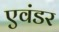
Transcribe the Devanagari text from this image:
एवंडर